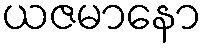
ယဇမာနော